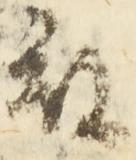
被